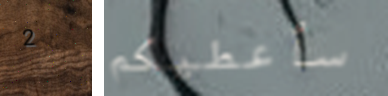
2 سأعطيكم